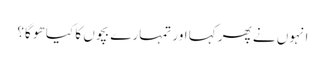
انہوں نے پھر کہا اور تمہارے بچوں کا کیا ھو گا؟